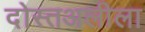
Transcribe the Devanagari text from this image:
दोस्तअलीला